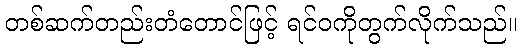
တစ်ဆက်တည်းတံတောင်ဖြင့် ရင်ဝကိုတွက်လိုက်သည်။